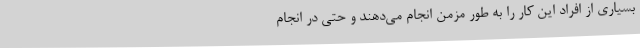
بسیاری از افراد این کار را به‌ طور مزمن انجام می‌دهند و حتی در انجام